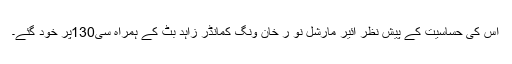
اس کی حساسیت کے پیش نظر ائیر مارشل نو ر خان ونگ کمانڈر زاہد بٹ کے ہمراہ سی130پر خود گئے۔